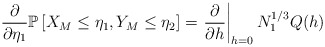
\begin{align*}\frac{\partial}{\partial\eta_1}\mathbb{P}\left[X_M\le\eta_1,Y_M\le\eta_2\right]=\left.\frac{\partial}{\partial h}\right|_{h=0}N_1^{1/3}Q(h)\end{align*}